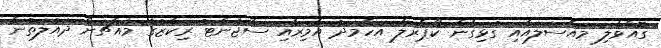
ގޮއްވާލި މައްސަލައާއި ގުޅިގެން ކޯޕްރަލް އަހްމަދު އާމިރާއި ސާޖެންޓު ރިކާޒުގެ މައްޗަށް ދައުލަތުން